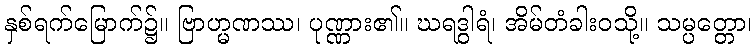
နှစ်ရက်မြောက်၌။ ဗြာဟ္မဏဿ၊ ပုဏ္ဏား၏။ ဃရဒွါရံ၊ အိမ်တံခါးဝသို့။ သမ္ပတ္တော၊